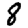
Digit: 8